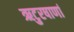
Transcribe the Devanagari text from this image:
ऋटुरषाणां